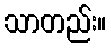
သာတည်း။